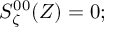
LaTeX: { \cal S } _ { \zeta } ^ { 0 0 } ( Z ) = 0 ;